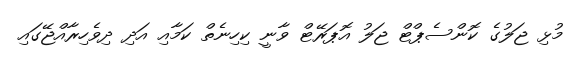
މުޅި ޖަލުގެ ކޮންސެޕްޓް ޖަލު އޮޕަރޭޓް ވާނީ ކިހިނެތް ކަމާއި އަދި ދިވެހިރާއްޖޭގައި